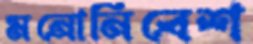
মনোনিবেশ